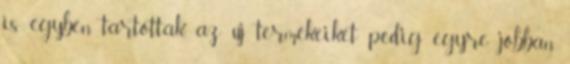
is egyben tartották, az új termékeiket pedig egyre jobban